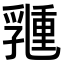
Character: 𠄉